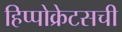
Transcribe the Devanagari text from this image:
हिप्पोक्रेटसची